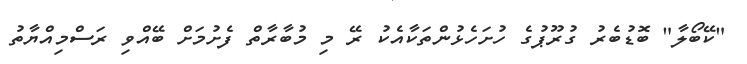
"ކޭބޯލާ" ބޮޑުބެރު ގުރޫޕުގެ ހުށަހެޅުންތަކާއެކު ރޭ މި މުބާރާތް ފެށުމަށް ބޭއްވި ރަސްމިއްޔާތު